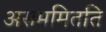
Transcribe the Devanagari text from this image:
असममितति